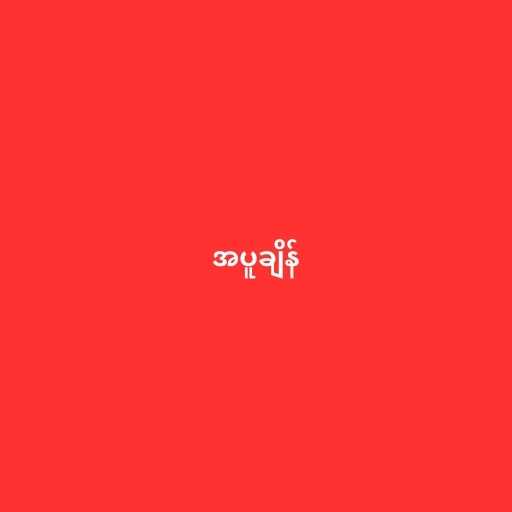
အပူချိန်